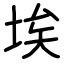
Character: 埃